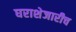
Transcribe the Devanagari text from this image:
घराशेजारीच